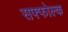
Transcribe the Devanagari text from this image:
सफ्फोल्क